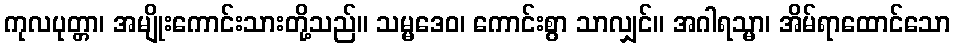
ကုလပုတ္တာ၊ အမျိုးကောင်းသားတို့သည်။ သမ္မဒေဝ၊ ကောင်းစွာ သာလျှင်။ အဂါရသ္မာ၊ အိမ်ရာထောင်သော